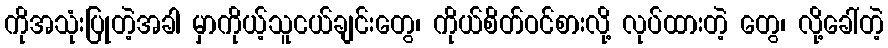
ကိုအသုံးပြုတဲ့အခါ မှာကိုယ့်သူငယ်ချင်းတွေ၊ ကိုယ်စိတ်ဝင်စားလို့ လုပ်ထားတဲ့ တွေ၊ လို့ခေါ်တဲ့